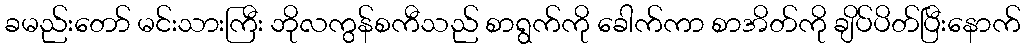
ခမည်းတော် မင်းသားကြီး ဘိုလကွန်စကီသည် စာရွက်ကို ခေါက်ကာ စာအိတ်ကို ချိပ်ပိတ်ပြီးနောက်